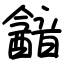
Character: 韽